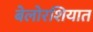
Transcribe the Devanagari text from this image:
बेलोरशियात